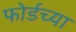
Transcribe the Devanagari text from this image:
फोर्डच्या